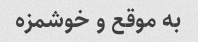
به موقع و خوشمزه